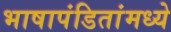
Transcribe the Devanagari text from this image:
भाषापंडितांमध्ये